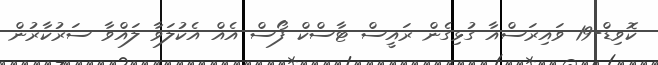
ކޮވިޑް-19 ވައިރަސްއާ ގުޅިގެން ރައީސް ޓާސްކް ފޯސް އެއް އެކުލަވާ ލައްވާ ސަރުކާރުން